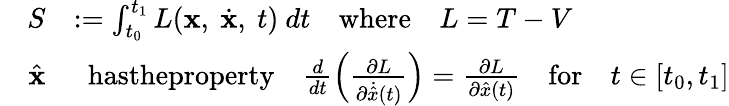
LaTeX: \begin{array}{rl}{S}&{:=\int_{t_{0}}^{t_{1}}L({\mathbf x},~\dot{\mathbf x},~t)~dt\quad\textrm{where}\quad L=T-V}\\ {\quad\hat{\mathbf x}}&{~~\textrm{hastheproperty}\quad\frac{d}{dt}\left(\frac{\partial L}{\partial\dot{\hat{x}}(t)}\right)=\frac{\partial L}{\partial\hat{x}(t)}\quad\textrm{for}\quad t\in[t_{0},t_{1}]}\end{array}